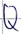
Text: Q